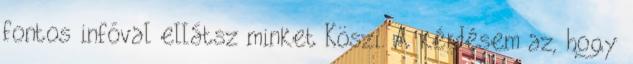
fontos infóval ellátsz minket Köszi. A kérdésem az, hogy